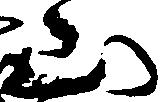
山